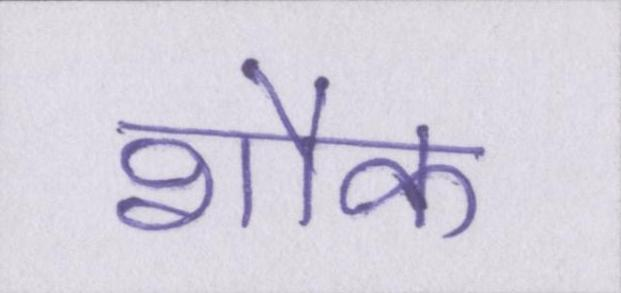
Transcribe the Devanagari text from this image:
शौक